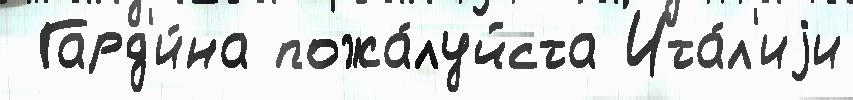
 Гард'и́на пожа́луйста Ита́л'иjи